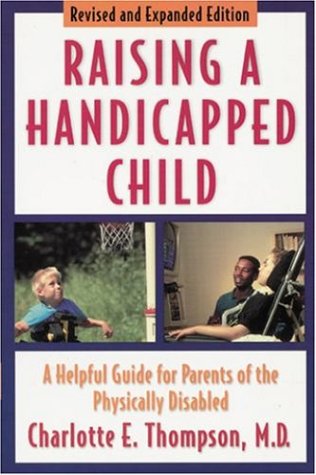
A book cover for Raising a Handicapped Child: A Helpful Guide for Parents of the Physically Disabled; Charlotte M.D. Thompson; Health, Fitness & Dieting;